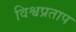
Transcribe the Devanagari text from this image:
विश्वप्रताप